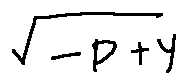
\sqrt { - P + y }